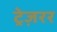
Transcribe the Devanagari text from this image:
ट्रेज़रर